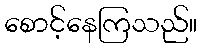
စောင့်နေကြသည်။